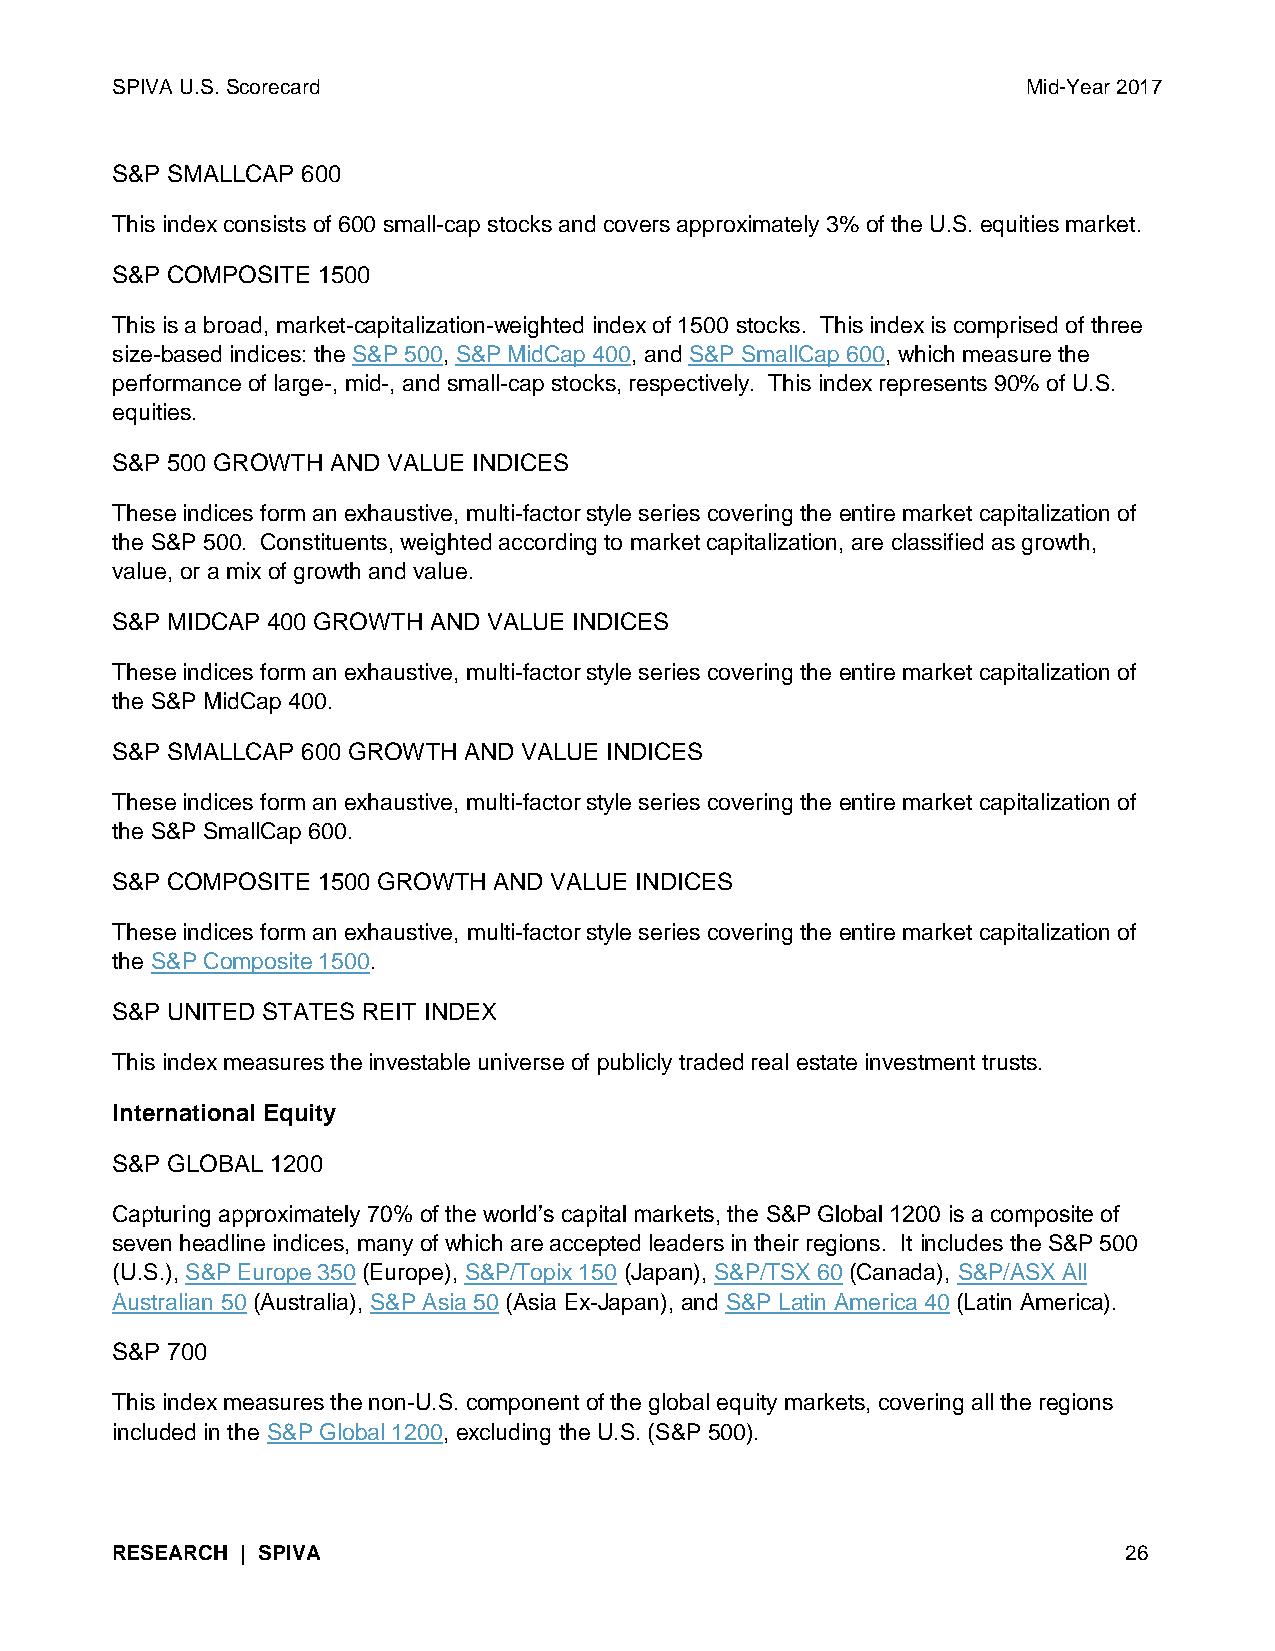
SPIVA U.S. Scorecard                                         Mid-Year 2017
 S&P SMALLCAP 600
 This index consists of 600 small-cap stocks and covers approximately 3% of the U.S. equities market.
 S&P COMPOSITE 1500
 This is a broad, market-capitalization-weighted index of 1500 stocks. This index is comprised of three
 size-based indices: the S&P 500, S&P MidCap 400, and S&P SmallCap 600, which measure the
 performance of large-, mid-, and small-cap stocks, respectively. This index represents 90% of U.S.
 equities.
 S&P 500 GROWTH AND VALUE INDICES
 These indices form an exhaustive, multi-factor style series covering the entire market capitalization of
 the S&P 500. Constituents, weighted according to market capitalization, are classified as growth,
 value, or a mix of growth and value.
 S&P MIDCAP 400 GROWTH AND VALUE INDICES
 These indices form an exhaustive, multi-factor style series covering the entire market capitalization of
 the S&P MidCap 400.
 S&P SMALLCAP 600 GROWTH AND VALUE INDICES
 These indices form an exhaustive, multi-factor style series covering the entire market capitalization of
 the S&P SmallCap 600.
 S&P COMPOSITE 1500 GROWTH AND VALUE INDICES
 These indices form an exhaustive, multi-factor style series covering the entire market capitalization of
 the S&P Composite 1500.
 S&P UNITED STATES REIT INDEX
 This index measures the investable universe of publicly traded real estate investment trusts.
 International Equity
 S&P GLOBAL 1200
 Capturing approximately 70% of the world’s capital markets, the S&P Global 1200 is a composite of
 seven headline indices, many of which are accepted leaders in their regions. It includes the S&P 500
 (U.S.), S&P Europe 350 (Europe), S&P/Topix 150 (Japan), S&P/TSX 60 (Canada), S&P/ASX All
 Australian 50 (Australia), S&P Asia 50 (Asia Ex-Japan), and S&P Latin America 40 (Latin America).
 S&P 700
 This index measures the non-U.S. component of the global equity markets, covering all the regions
 included in the S&P Global 1200, excluding the U.S. (S&P 500).
 RESEARCH | SPIVA                                                   26